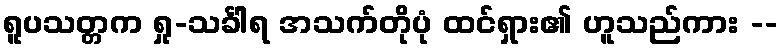
ရူပသတ္တက ရှု-သင်္ခါရ အသက်တိုပုံ ထင်ရှား၏ ဟူသည်ကား --